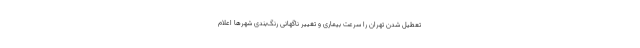
تعطیل شدن تهران را سرعت بیماری و تغییر ناگهانی رنگ‌بندی شهرها اعلام